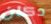
دكان